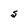
Character: S